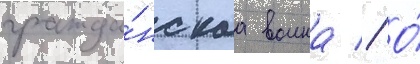
гражда́нскаа воина // О́